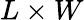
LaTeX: L\times W